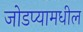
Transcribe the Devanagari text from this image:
जोडप्यामधील